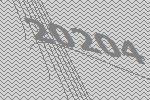
20204